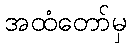
အထံတော်မှ